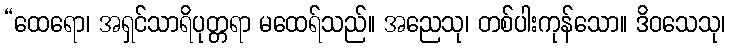
“ထေရော၊ အရှင်သာရိပုတ္တရာ မထေရ်သည်။ အညေသု၊ တစ်ပါးကုန်သော။ ဒိဝသေသု၊